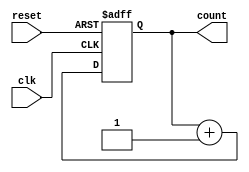
module counter
(
    input clk,
    input reset,
    output reg[3:0] count
);

always @(posedge clk or posedge reset)
begin
    if (reset)
        count <= 4'b0000;
    else
        count <= count + 4'b0001;
end

endmodule